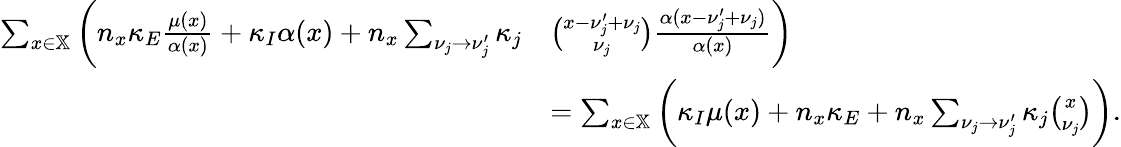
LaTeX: \begin{array}{rl}{\sum_{x\in\mathbb X}\bigg(n_{x}\kappa_{E}\frac{\mu(x)}{\alpha(x)}+\kappa_{I}\alpha(x)+n_{x}\sum_{\nu_{j}\to\nu_{j}^{\prime}}\kappa_{j}}&{\binom{x-\nu_{j}^{\prime}+\nu_{j}}{\nu_{j}}\frac{\alpha(x-\nu_{j}^{\prime}+\nu_{j})}{\alpha(x)}\bigg)}\\ &{=\sum_{x\in\mathbb X}\bigg(\kappa_{I}\mu(x)+n_{x}\kappa_{E}+n_{x}\sum_{\nu_{j}\to\nu_{j}^{\prime}}\kappa_{j}\binom{x}{\nu_{j}}\bigg).}\end{array}